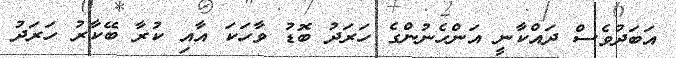
އަބަދުވެސް ދައްކާނީ އަންހެނުންގެ ހަރަދު ބޮޑު ވާހަކަ އާއި ކުރާ ބޭކާރު ހަރަދު